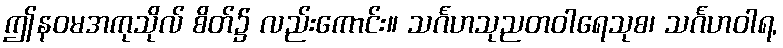
ဤနဝမအကုသိုလ် စိတ်၌ လည်းကောင်း။ သင်္ဂဟသုညတဝါရေသုစ၊ သင်္ဂဟဝါရ,